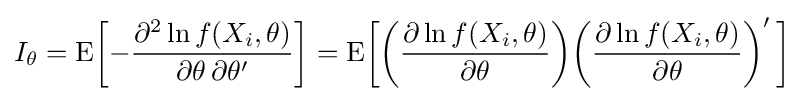
I_{\theta }=\mathrm {E} {\bigg [}{-{\frac {\partial ^{2}\ln f(X_{i},\theta )}{\partial \theta \,\partial \theta '}}}{\bigg ]}=\mathrm {E} {\bigg [}{\bigg (}{\frac {\partial \ln f(X_{i},\theta )}{\partial \theta }}{\bigg )}{\bigg (}{\frac {\partial \ln f(X_{i},\theta )}{\partial \theta }}{\bigg )}'\,{\bigg ]}